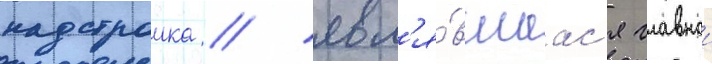
надстроика / явл'я́вшаас'я главнои